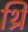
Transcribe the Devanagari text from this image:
थ्रि